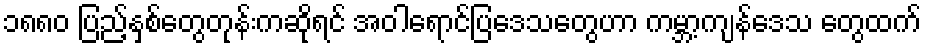
၁၈၈၀ ပြည့်နှစ်တွေတုန်းကဆိုရင် အဝါရောင်ပြဒေသတွေဟာ ကမ္ဘာ့ကျန်ဒေသ တွေထက်